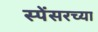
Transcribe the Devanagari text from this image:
स्पेंसरच्या